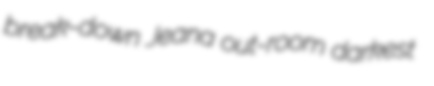
break-down Jeana out-room darkest